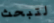
لتبحث